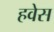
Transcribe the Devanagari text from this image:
हवेस